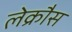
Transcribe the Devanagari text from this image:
लेक्रौस